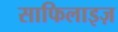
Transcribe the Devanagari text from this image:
साफिलाइज़